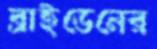
ব্রাইডেনের